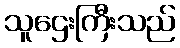
သူဌေးကြီးသည်